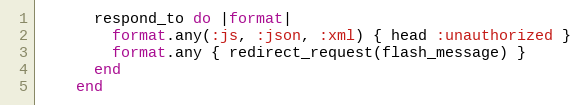
Language: Ruby
      respond_to do |format|
        format.any(:js, :json, :xml) { head :unauthorized }
        format.any { redirect_request(flash_message) }
      end
    end